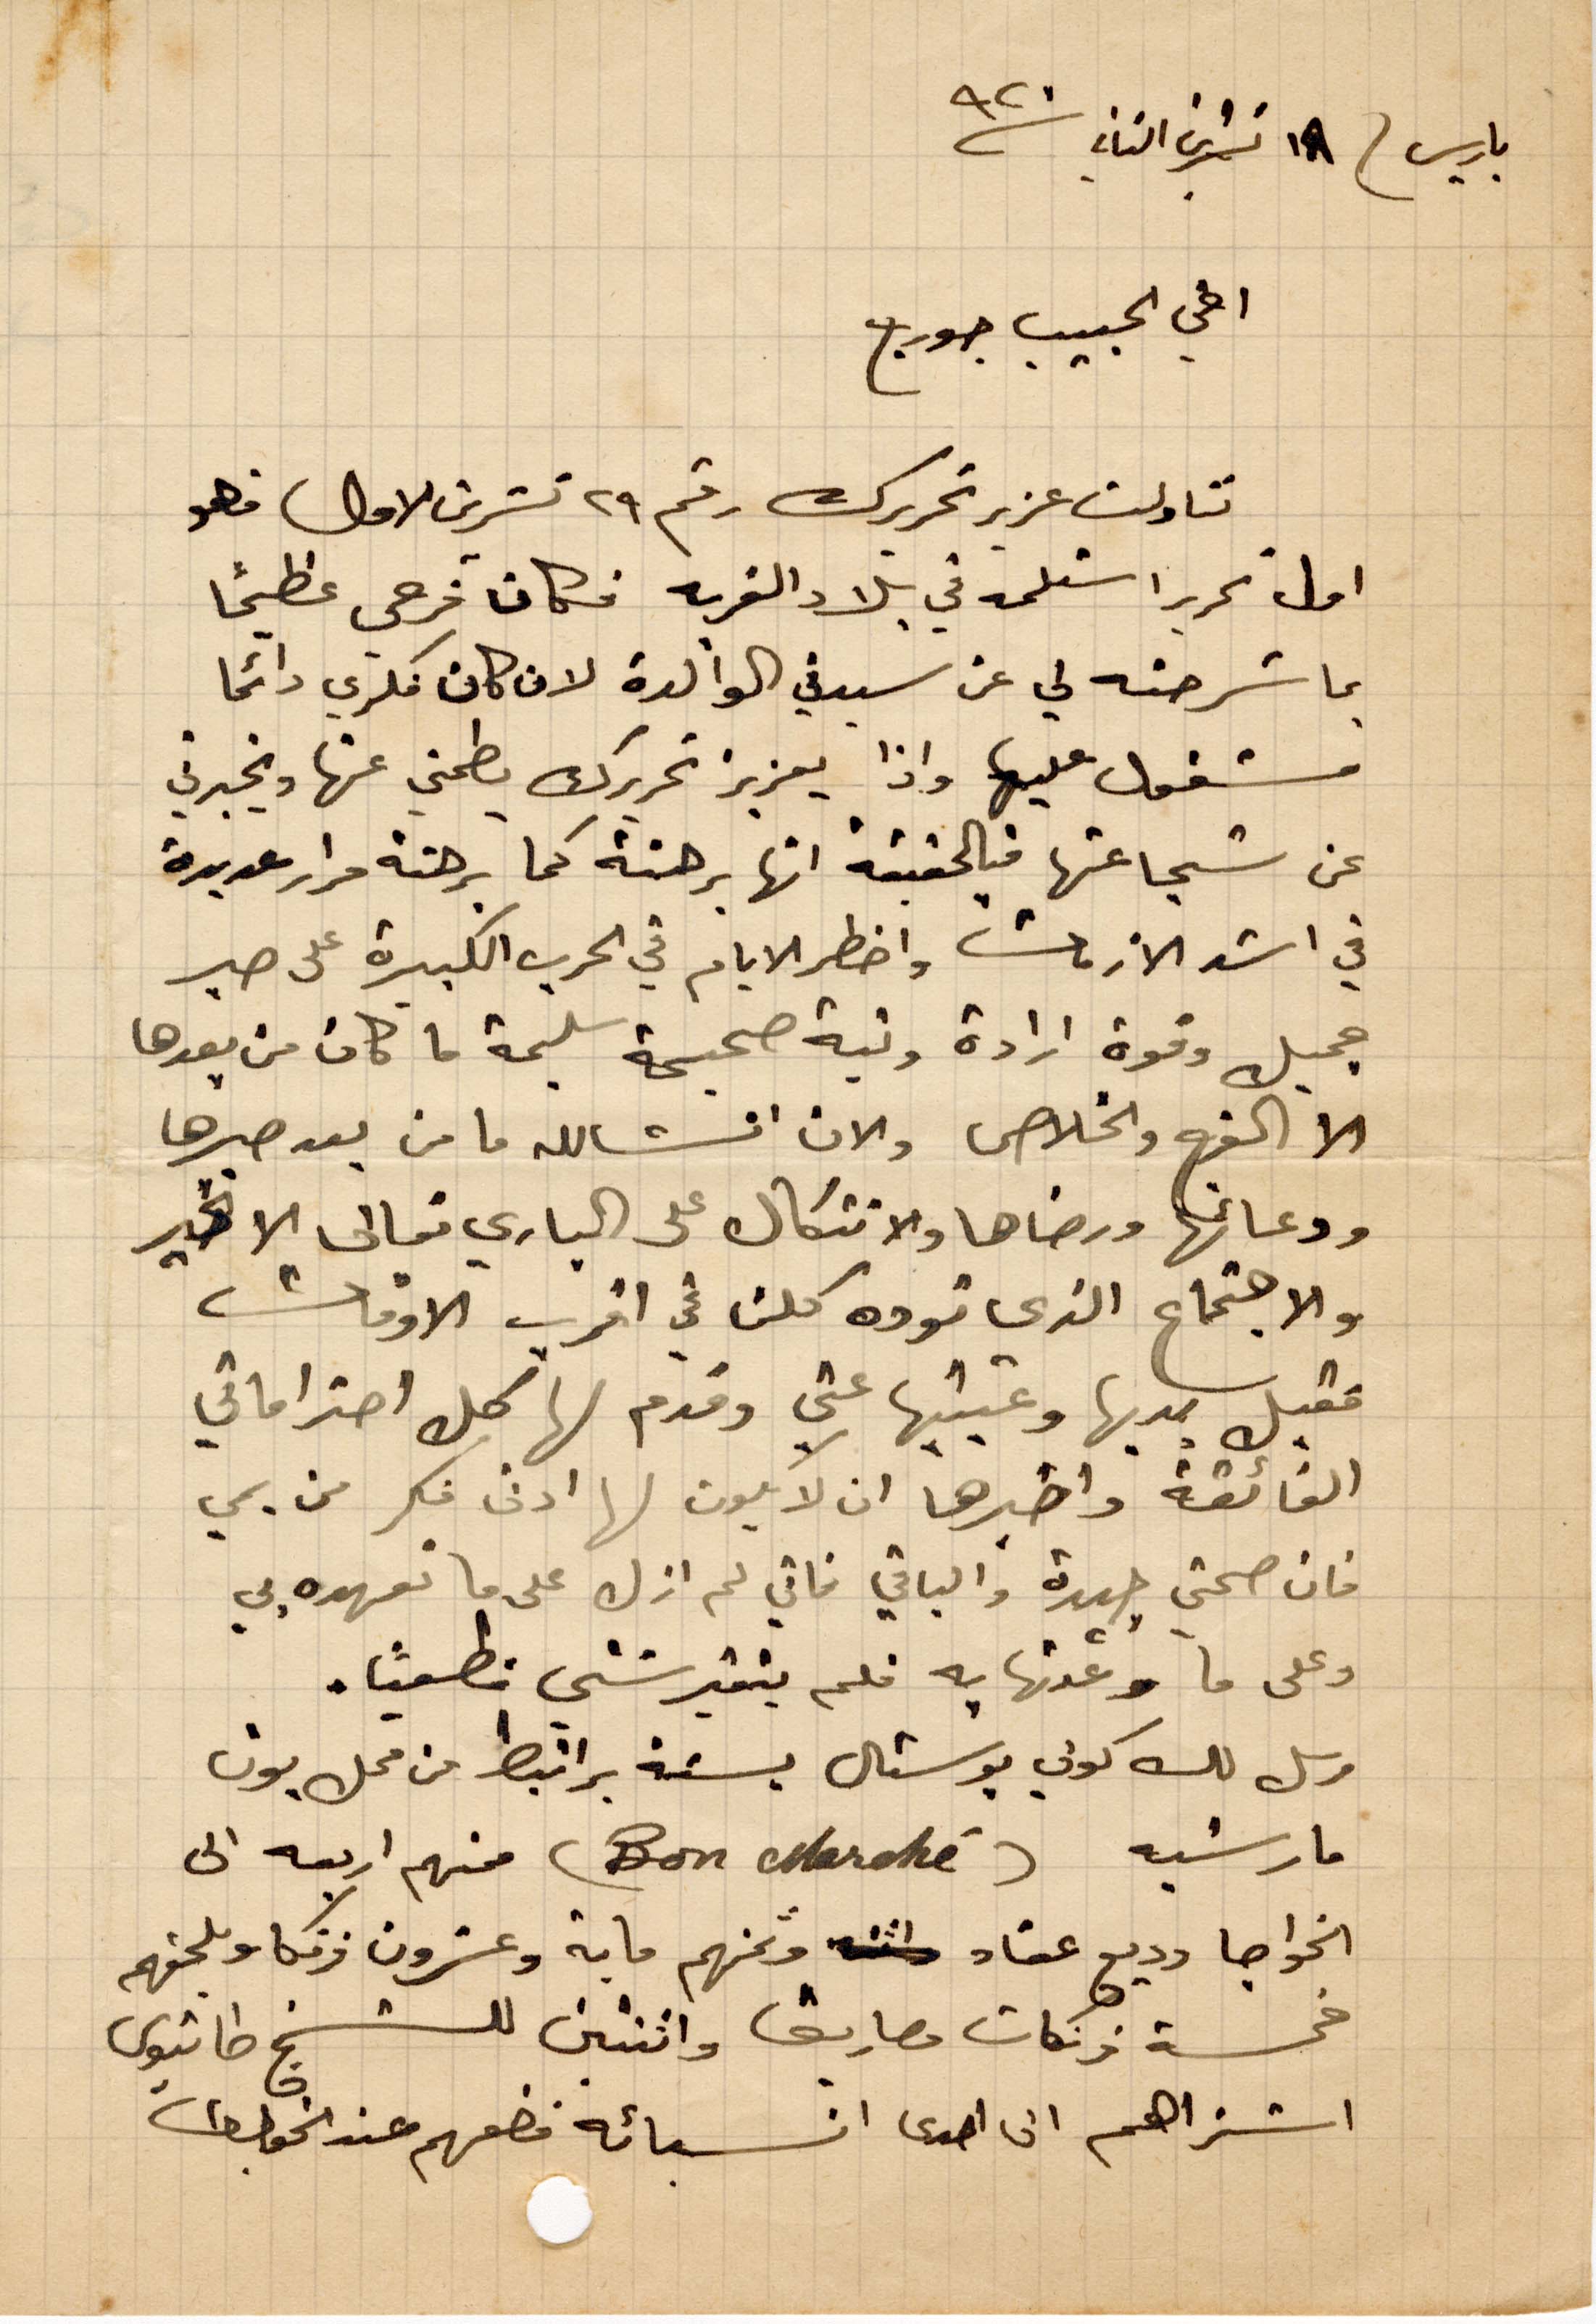
باريس ١٨ تشرين الثاني ١٩٢٠
اخي الحبيب جورج
تناولت عزيز تحريرك رقم ٢٩ تشرين الأول فهو
اول تحرير استلمه في بلاد الغربة فكان فرحي عظيمًا
بما شرحته لي عن يديت الوالدة لان كان فكري دائمًا
مشغول عليها وإذا يعزز تحريرك يطمنب عنها ويخبرني
عن شجاعتها فبالحقيقة انها برهنة كما برهنة مرارًا عديدة
في اشد الأزمات وأخطر الأيام في الحرب الكبيرة عن صبر
جميل وقوة إرادة ونية صحيحة سليمة ما كان من بعدها
الا الفرج والخلاص والان انشالله ما من بعد صبرها
ودعائها ورضاها والاتكال على الباري تعالى الا خير
والاجتماع الذي توده كلن في اقرب الأوقات
فقبل يديها وعينيها عني وقدم لها كل احتراماتي
الفائقة واخبرها ان لا يكون لها ادنى فكر من يمي
فان صحتي جيدة والباقي فاني لا ازل على ما تعهده بي
وعلى ما وعدتها به فلم يتترشني فطبيًا.
ارسل لك كوني بوستال بسنة براتبط من محل بون
مارشيه (Bon marché) منهم اربعه الى
الخواجه وديع عقاد وثمنهم ماية وعشرون فرنكًا ويلحقهم
خمسة فرنكات مصاريف واثنتين للشيخ طانيوس
اشتراهم الى احدى انسبائه فضعهم عند الخواجه